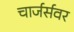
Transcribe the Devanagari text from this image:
चार्जर्सवर